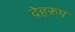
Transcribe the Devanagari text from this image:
देहरूप